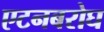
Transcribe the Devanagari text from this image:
एटनबरोघ